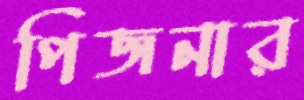
পিজনার